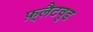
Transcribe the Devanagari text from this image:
फ़्लैटवुड